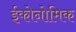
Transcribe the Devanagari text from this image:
ईकोनोमिक